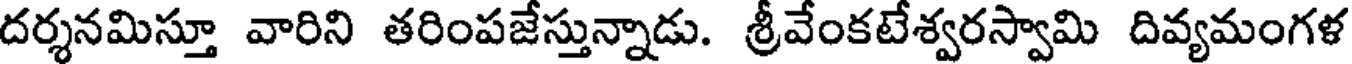
దర్శనమిస్తూ వారిని తరింపజేస్తున్నాడు. శ్రీవేంకటేశ్వరస్వామి దివ్యమంగళ